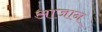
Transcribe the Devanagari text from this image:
आजान